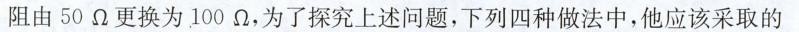
阻由50Ω更换为100Ω，为了探究上述问题，下列四种做法中，他应该采取的